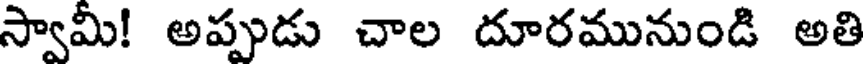
స్వామీ! అప్పుడు చాల దూరమునుండి అతి